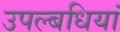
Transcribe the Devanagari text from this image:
उपल्बधियां